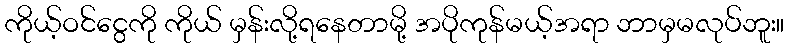
ကိုယ့်ဝင်ငွေကို ကိုယ် မှန်းလို့ရနေတာမို့ အပိုကုန်မယ့်အရာ ဘာမှမလုပ်ဘူး။